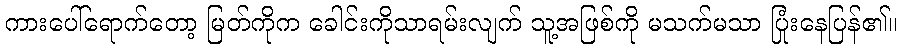
ကားပေါ်ရောက်တော့ မြတ်ကိုက ခေါင်းကိုသာရမ်းလျက် သူ့အဖြစ်ကို မသက်မသာ ပြုံးနေပြန်၏။